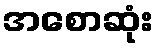
အစောဆုံး